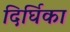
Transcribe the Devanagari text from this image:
दिर्घिका